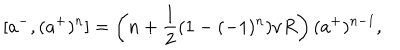
LaTeX: [ a ^ { - } , ( a ^ { + } ) ^ { n } ] = \left( n + \frac { 1 } { 2 } ( 1 - ( - 1 ) ^ { n } ) \nu R \right) ( a ^ { + } ) ^ { n - 1 } ,